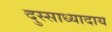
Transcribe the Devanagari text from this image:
दुस्साध्यादाय